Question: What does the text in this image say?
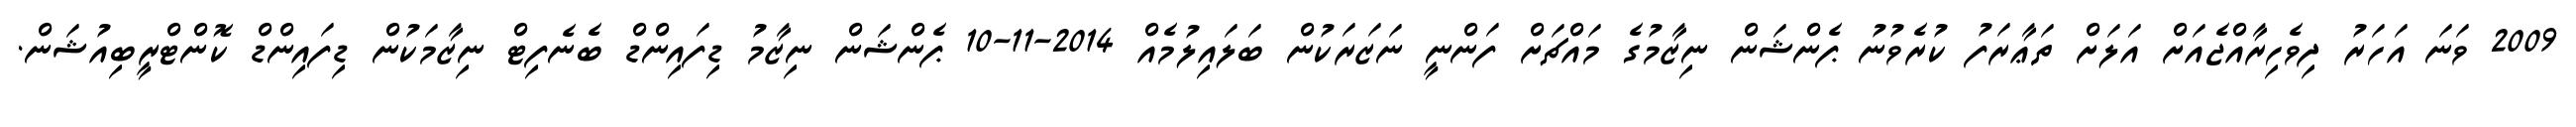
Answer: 2009 ވަނަ އަހަރު ދިވެހިރާއްޖެއަށް އަލަށް ތަޢާރަފު ކުރެވުނު ޕެންޝަން ނިޒާމުގެ މައްޗަށް ފަންނީ ނަޒަރަކުން ބަލައިލުމެއް 2014-11-10 ޕެންޝަން ނިޒާމު ޑިފައިންޑް ބެނެފިޓް ނިޒާމަކުން ޑިފައިންޑް ކޮންޓްރީބިއުޝަން.